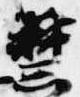
禁